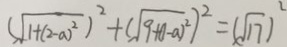
( \sqrt { 1 + ( 2 - a ) ^ { 2 } } ) ^ { 2 } + ( \sqrt { 9 + ( 1 - a ) ^ { 2 } } ) ^ { 2 } = ( \sqrt { 1 7 } ) ^ { 2 }